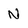
Character: N